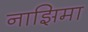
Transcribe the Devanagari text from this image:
नाझिमा